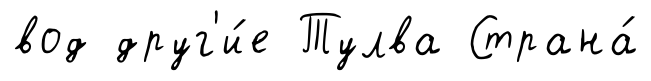
вод друг'и́е Тулва Страна́